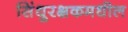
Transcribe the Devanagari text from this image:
सिंधुरक्षकमधील